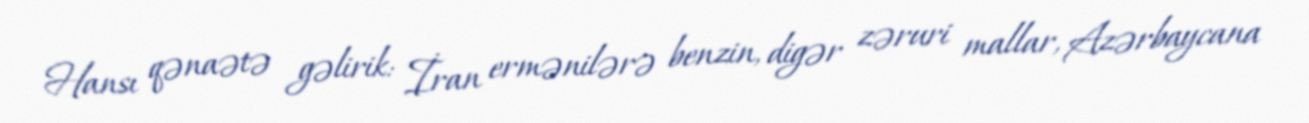
Hansı qənaətə gəlirik: İran ermənilərə benzin, digər zəruri mallar, Azərbaycana